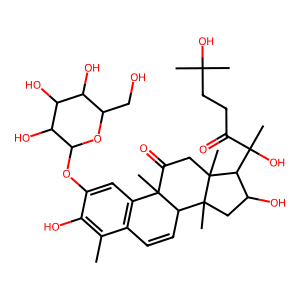
SMILES: Cc1c(O)c(OC2OC(CO)C(O)C(O)C2O)cc2c1C=CC1C2(C)C(=O)CC2(C)C(C(C)(O)C(=O)CCC(C)(C)O)C(O)CC12C
Inhibits HIV replication: No